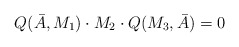
\begin{align*}Q(\bar A,M_1)\cdot M_2 \cdot Q(M_3,\bar A) = 0\end{align*}